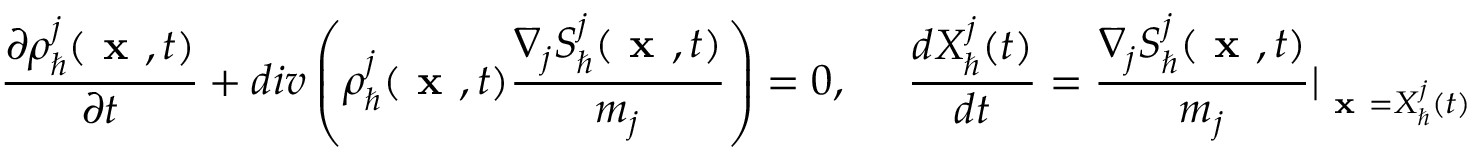
\frac { \partial \rho _ { \hbar } ^ { j } ( \textbf { x } , t ) } { \partial t } + d i v \left( \rho _ { \hbar } ^ { j } ( \textbf { x } , t ) \frac { \nabla _ { j } S _ { \hbar } ^ { j } ( \textbf { x } , t ) } { m _ { j } } \right) = 0 , ~ ~ ~ ~ \frac { d X _ { \hbar } ^ { j } ( t ) } { d t } = \frac { \nabla _ { j } S _ { \hbar } ^ { j } ( \textbf { x } , t ) } { m _ { j } } \vert _ { \textbf { x } = X _ { \hbar } ^ { j } ( t ) }